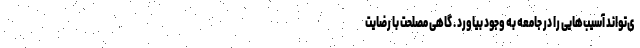
ی‌تواند آسیب‌هایی را در جامعه به وجود بیاورد . گاهی مصلحت با رضایت